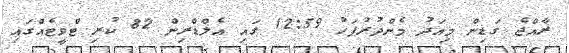
ރާއްޖެ ގަޑިން މިއަދު މެންދުރުފަހު 12:59 ގައި އެލްޑްރިން 82 ކުރި ޓްވީޓެއްގައި